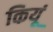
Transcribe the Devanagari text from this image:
कियूं